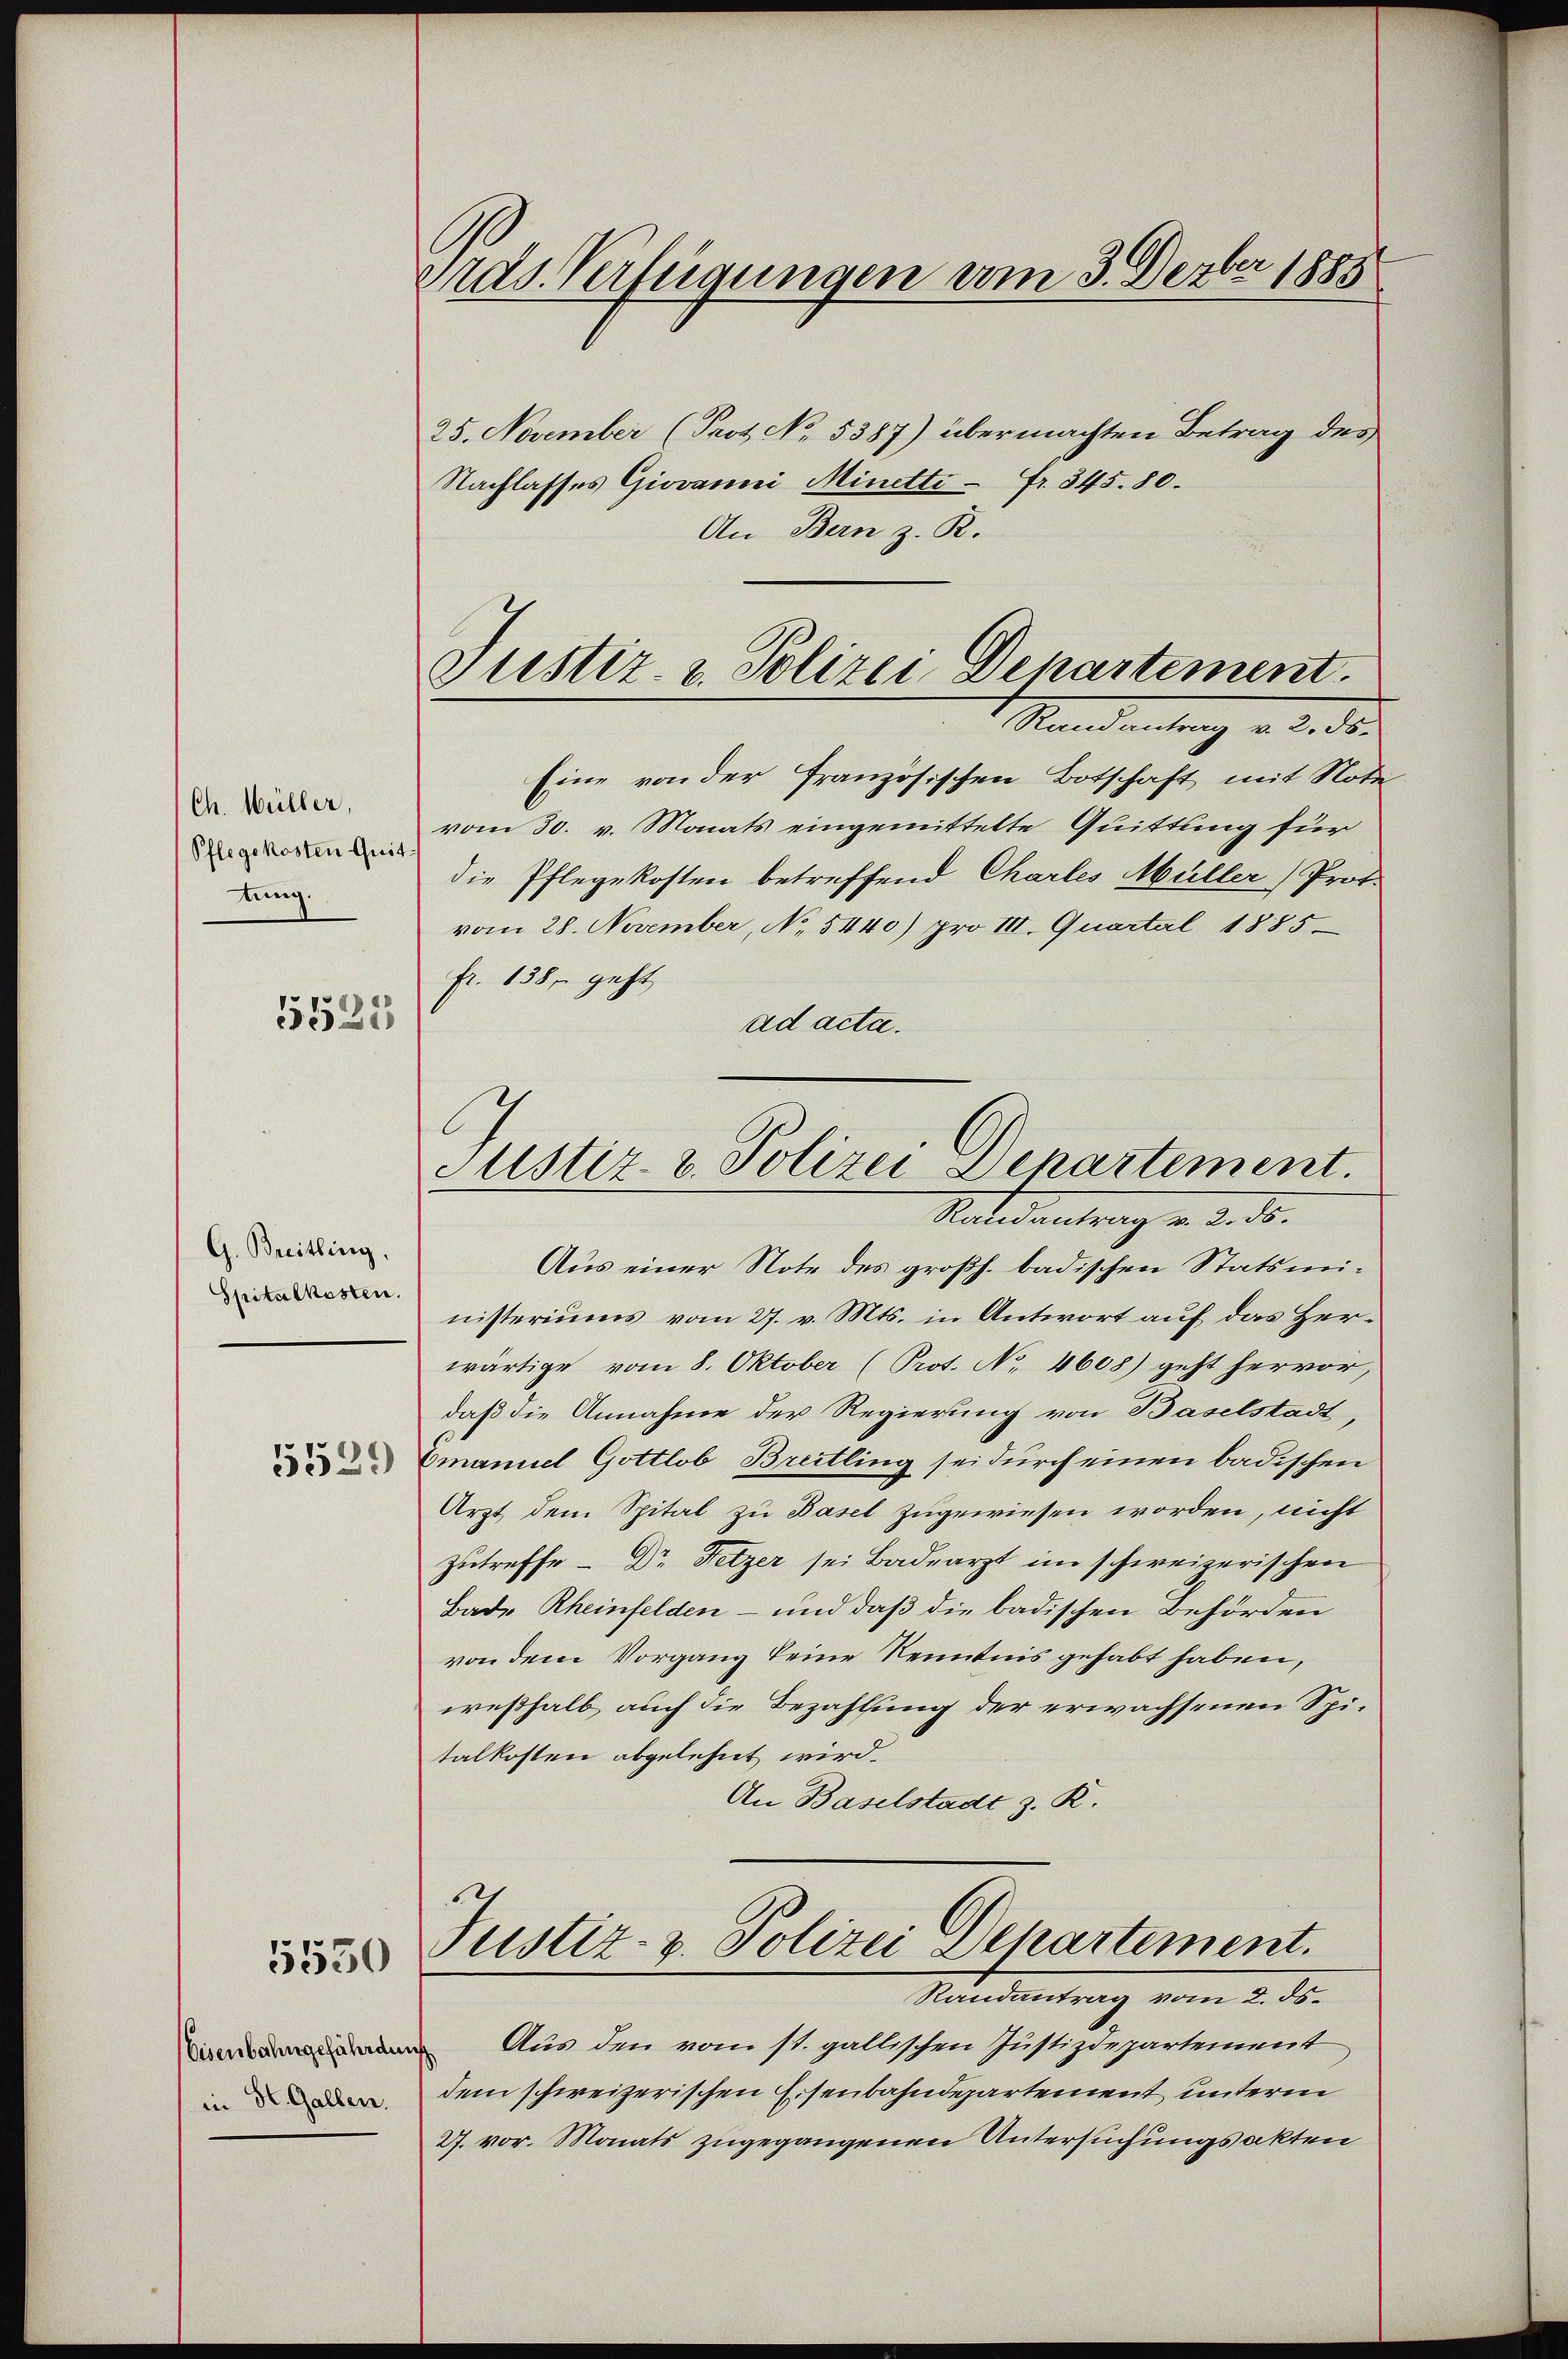
Ch. Müller,
Pflegekosten Quit
tung.
15525

G. Breitling,
Spitalkosten.
5529

5550

Eisenbahngefährde
in St. Gallen.

Gras Verfügungen vom 3. Dezbr 1885
25. November (Prot. No. 5387) übermachten Betrag des
Nachlasses Giovanni Minetti - Fr. 345. 80.

An Bern z. R.

Justiz- & Polizei Departement.
Randantrag v. 2. ds.

Eine von der Französischen Botschaft mit Noti
vom 30. v. Monats eingemittelte Quittung für
die Pflegekosten betreffend Charles Müller Prot.
vom 28. November, No. 5440) pro III. Quartal 1885
fr. 138, geht,
ad acta.
Aus einer Note des großh. badischen Statsministeriums vom 27. v. Mts. in Antwort auf das Herwärtige vom 8. Oktober (Prot. No 4608) geht hervor,
daß die Annahme der Regierung von Baselstadt,
Emanuel Gottlob Breitling sei durch einen badischen
Arzt, dem Spital zu Basel zugewiesen worden, nicht
Zutreffe - Dr. Fetzer sei Badearzt im schweizerischen
Bade Rheinfelden – und daß die badischen Behörden
von dem Vorgang keine Kenntnis gehabt haben,
weßhalb auch die Bezahlung der erwachsenen Spitalkosten abgelehnt wird.
An Baselstadt z. R.

Justiz- & Polizei Departement.
Ralidentrag v. 2. ds.

Justiz- & Polizei Departement.
Standentrag vom 2. ds.

Aus den vom st. gallischen Justizdepartement
dem schweizerischen Eisenbahndepartement unterm
27. vor. Monats zugegangenen Untersuchungsakten